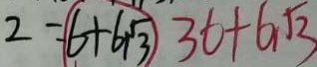
2 = 6 + 6 \sqrt { 3 } 3 6 + 6 \sqrt { 3 }